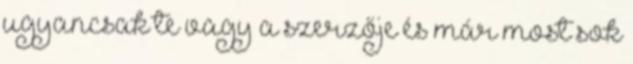
ugyancsak te vagy a szerzője és már most sok